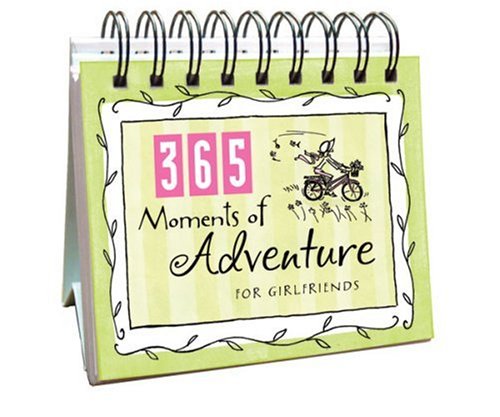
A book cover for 365 Moments of Adv for Girlfriends (365 Days Perpetual Calendars); Incorporated Barbour Publishing; Calendars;